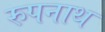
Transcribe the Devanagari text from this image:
रुपनाथ